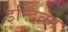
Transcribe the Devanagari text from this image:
इन्दिका